Leaving Certificate Examination (including Day School Certificate (Higher) General paper), 1936
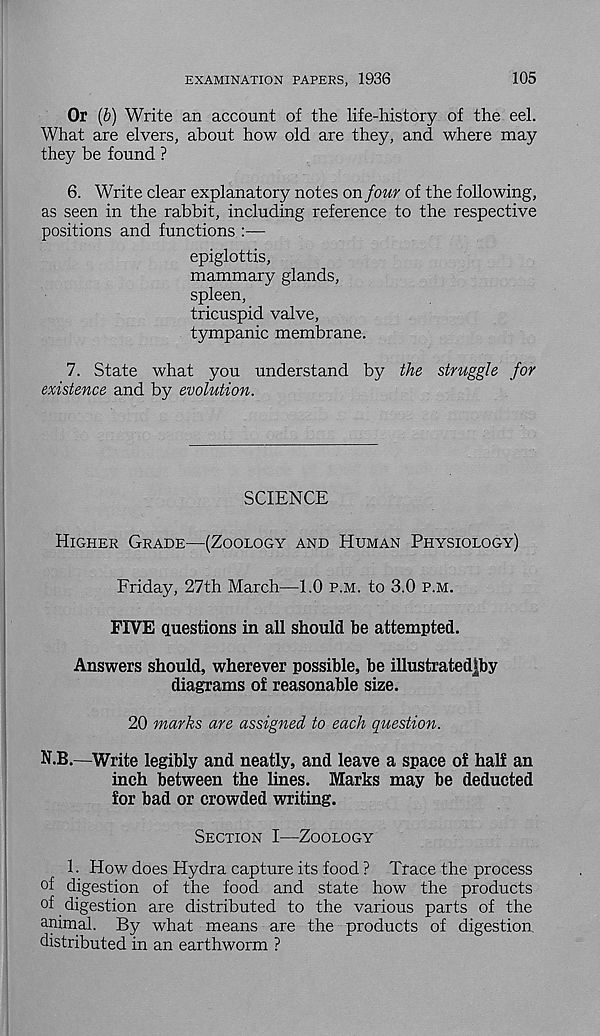
EXAMINATION PAPERS, 1936
105
Or (b) Write an account of the life-history of the eel.
What are elvers, about how old are they, and where may
they be found ?
6. Write clear explanatory notes on four of the following,
as seen in the rabbit, including reference to the respective
positions and functions :—
epiglottis,
mammary glands,
spleen,
tricuspid valve,
tympanic membrane.
7. State what you understand by the struggle for
existence and by evolution.
SCIENCE
Higher Grade—(Zoology and Human Physiology)
Friday, 27th March—1.0 p.m. to 3.0 p.m.
FIVE questions in all should he attempted.
Answers should, wherever possible, be illustrated|by
diagrams of reasonable size.
20 marks are assigned to each question.
N.B.—Write legibly and neatly, and leave a space of half an
inch between the lines. Marks may be deducted
for bad or crowded writing.
Section I—Zoology
1. How does Hydra capture its food ? Trace the process
of digestion of the food and state how the products
of digestion are distributed to the various parts of the
animal. By what means are the products of digestion,
distributed in an earthworm ?